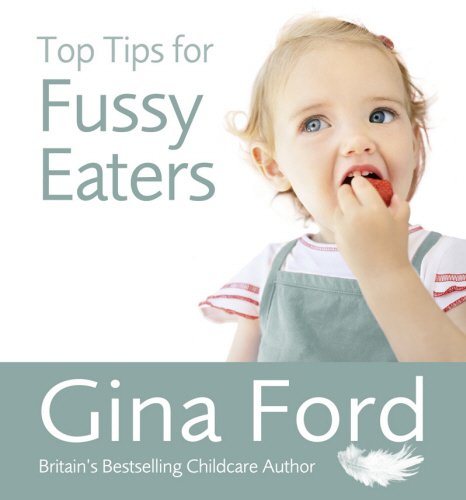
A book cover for Top Tips for Fussy Eaters; Gina Ford; Cookbooks, Food & Wine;